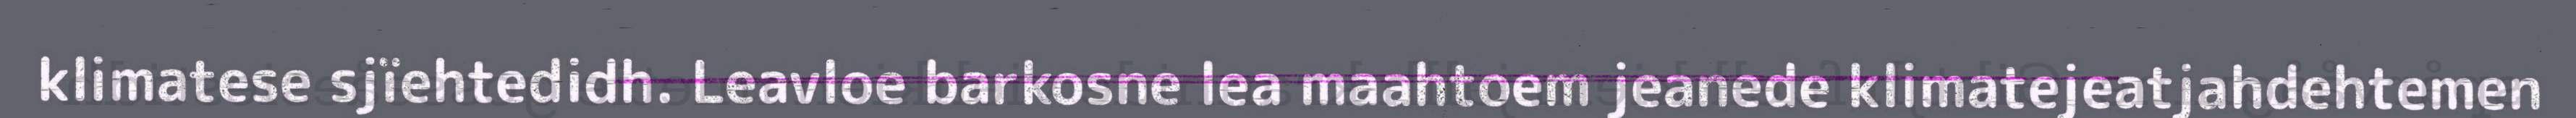
klimatese sjïehtedidh. Leavloe barkosne lea maahtoem jeanede klimatejeatjahdehtemen